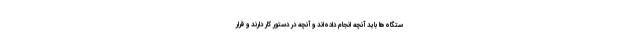
ستگاه‌ها باید آنچه انجام داده‌اند و آنچه در دستور کار دارند و قرار